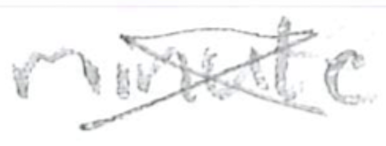
Text: minute
Cross-out: cross
Writing tool: pencil